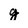
Character: g